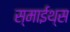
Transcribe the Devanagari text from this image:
स्माईथ्स